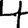
Digit: 4